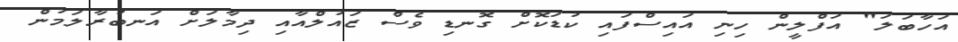
އަހާބަލަ" އަފްލީން ހިނި އައިސްފައި ކުޑަކޮށް ގޮނޑި ވެސް ޒައުލްއާއި ދިމާލަށް އަނބުރާލަމުން